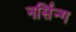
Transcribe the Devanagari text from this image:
नर्सिन्ग